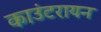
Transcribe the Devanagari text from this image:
काउंटरायन